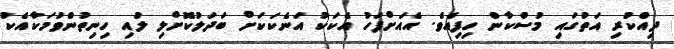
ދިއްކުރި އަތުގައި މުސްކާން ހިފިއެވެ. އެއަށްފަހު އެކަކު އަނެކަކަށް ބަދަލުކޮށްލި ލުއި ހިނިތުންވުމަކާއެކު